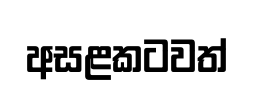
අසළකටවත්